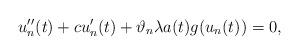
LaTeX: \begin{align*}u''_{n}(t) + c u'_{n}(t) + \vartheta_{n} \lambda a(t) g(u_{n}(t)) = 0,\end{align*}